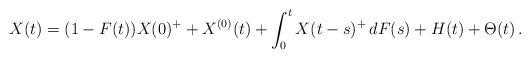
LaTeX: \begin{align*} X(t)=(1-F(t))X(0)^++X^{(0)}(t)+\int_0^tX(t-s)^+\,dF(s)+H(t)+\Theta(t)\,.\end{align*}